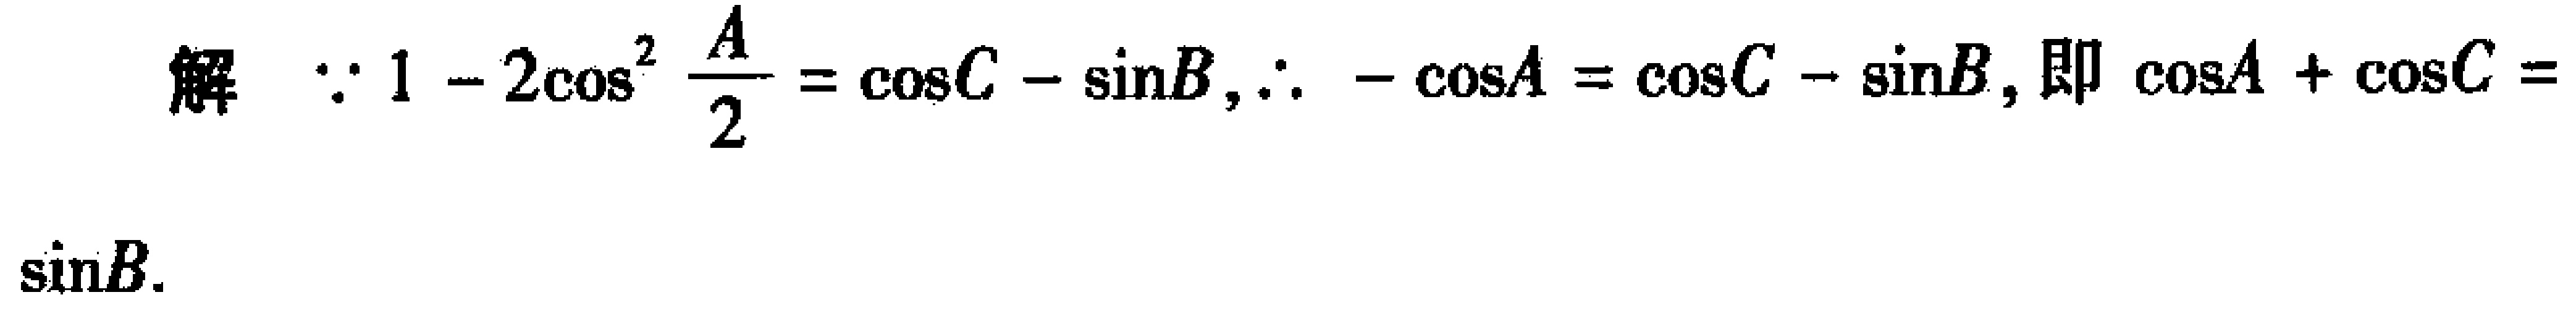
解  $\because 1 - 2\cos^{2} \frac{A}{2} = \cos C - \sin B,\therefore -\cos A = \cos C - \sin B$, 即 $\cos A + \cos C = \sin B$.